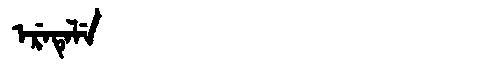
Manchu: ᡝᡵᡝᡨᡝᠯᡝ
Romanization: ERETELE